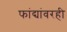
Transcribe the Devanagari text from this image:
फांद्यांवरही